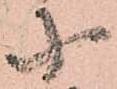
小